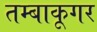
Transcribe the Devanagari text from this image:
तम्बाकूगर